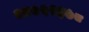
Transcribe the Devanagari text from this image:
२४७५२३७८